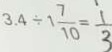
3 . 4 \div 1 \frac { 7 } { 1 0 } = \frac { 1 } { 3 }